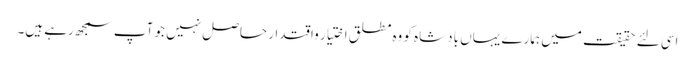
اسی لئے حقیقت میں ہمارے یہاں بادشاه کو وه مطلق اختیار واقتدار حاصل نہیں جو آپ سمجھ رہے ہیں۔